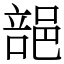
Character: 郶